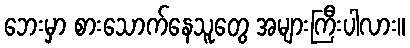
ဘေးမှာ စားသောက်နေသူတွေ အများကြီးပါလား။